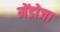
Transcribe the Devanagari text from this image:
मेंडोजा